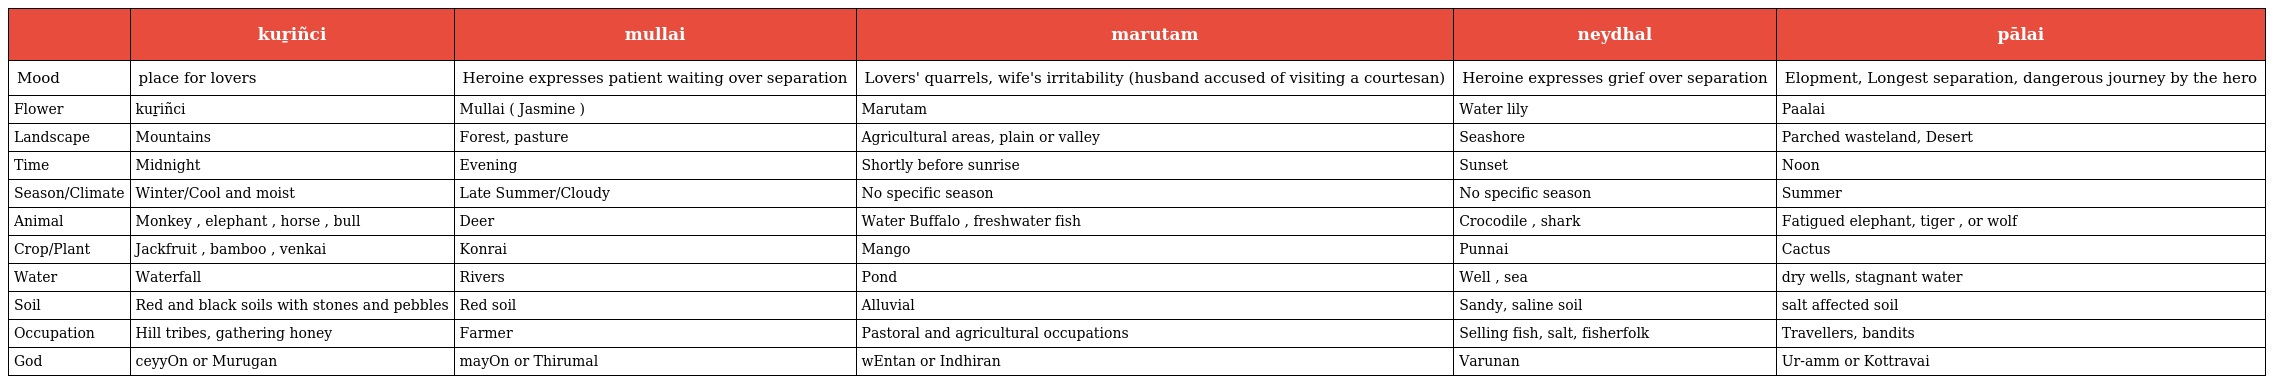
|  | kuṟiñci | mullai | marutam | neydhal | pālai |
 | --- | --- | --- | --- | --- | --- |
 | Mood | place for lovers | Heroine expresses patient waiting over separation | Lovers' quarrels, wife's irritability (husband accused of visiting a courtesan) | Heroine expresses grief over separation | Elopment, Longest separation, dangerous journey by the hero |
 | Flower | kuṟiñci | Mullai ( Jasmine ) | Marutam | Water lily | Paalai |
 | Landscape | Mountains | Forest, pasture | Agricultural areas, plain or valley | Seashore | Parched wasteland, Desert |
 | Time | Midnight | Evening | Shortly before sunrise | Sunset | Noon |
 | Season/Climate | Winter/Cool and moist | Late Summer/Cloudy | No specific season | No specific season | Summer |
 | Animal | Monkey , elephant , horse , bull | Deer | Water Buffalo , freshwater fish | Crocodile , shark | Fatigued elephant, tiger , or wolf |
 | Crop/Plant | Jackfruit , bamboo , venkai | Konrai | Mango | Punnai | Cactus |
 | Water | Waterfall | Rivers | Pond | Well , sea | dry wells, stagnant water |
 | Soil | Red and black soils with stones and pebbles | Red soil | Alluvial | Sandy, saline soil | salt affected soil |
 | Occupation | Hill tribes, gathering honey | Farmer | Pastoral and agricultural occupations | Selling fish, salt, fisherfolk | Travellers, bandits |
 | God | ceyyOn or Murugan | mayOn or Thirumal | wEntan or Indhiran | Varunan | Ur-amm or Kottravai |